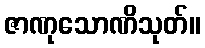
ဇာဏုသောဏိသုတ်။